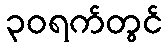
၃၀ရက်တွင်